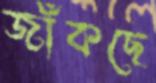
জাঁকছে